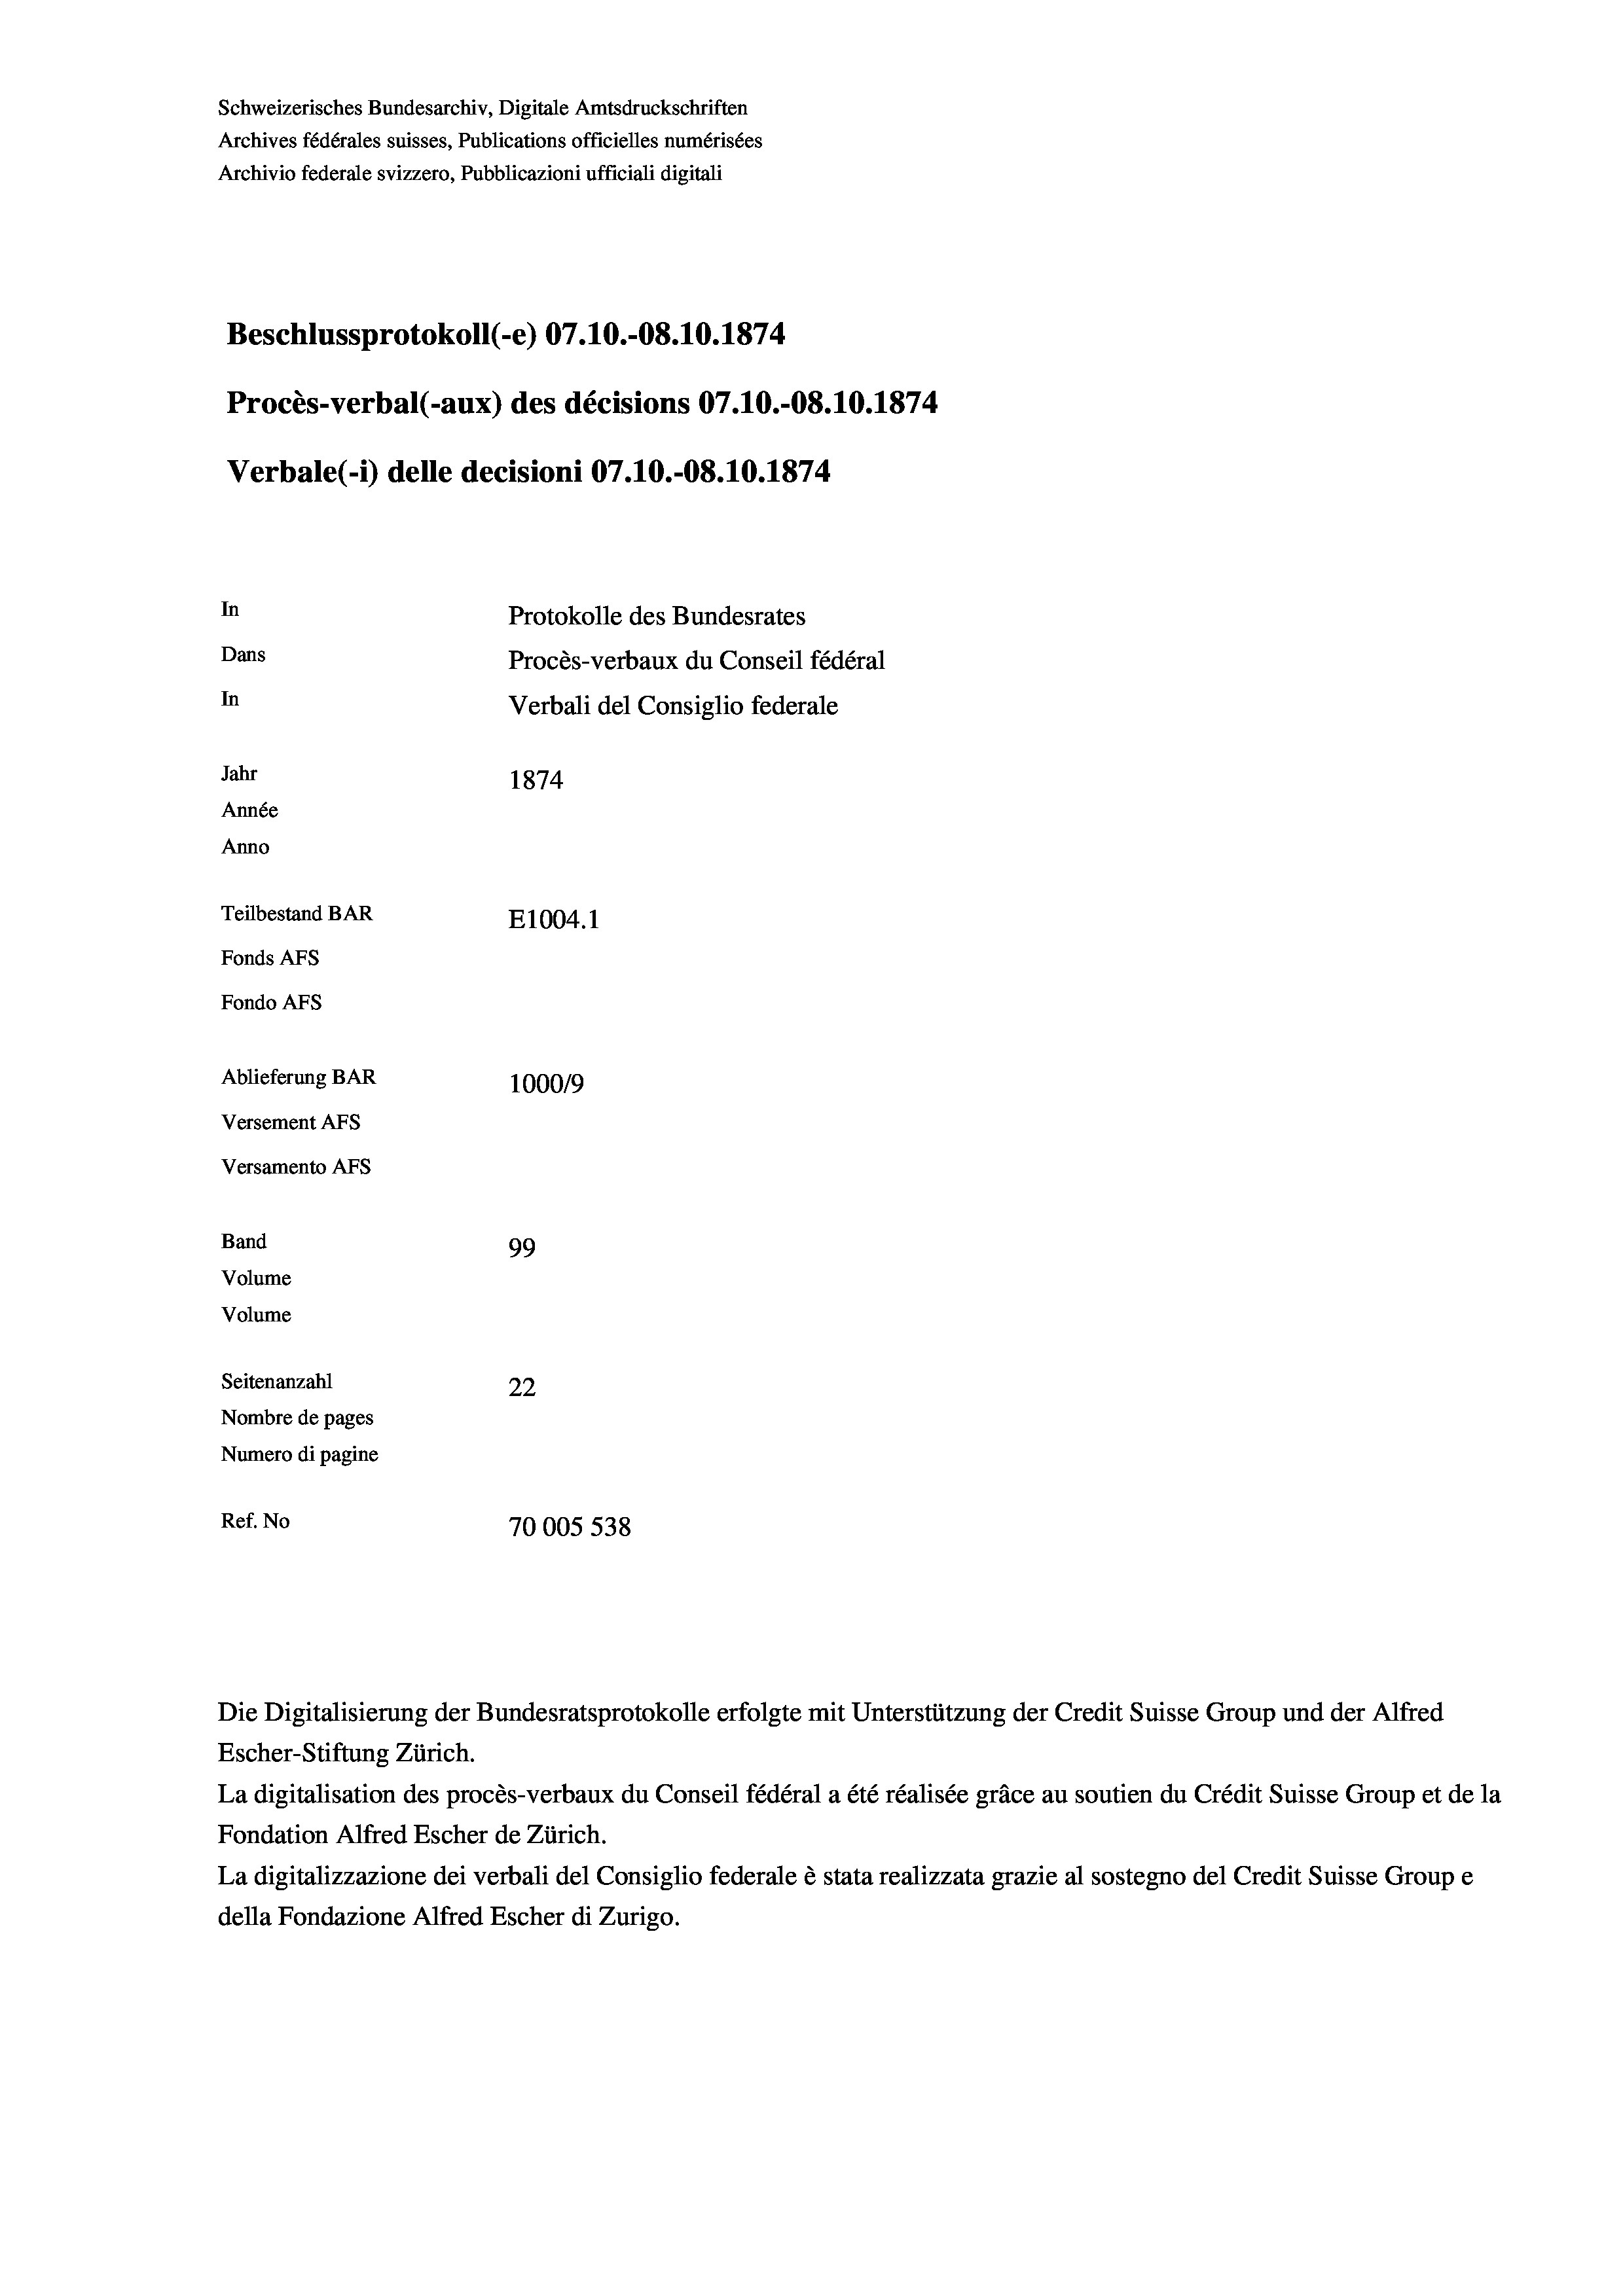
Schweizerisches Bundesarchiv, Digitale Amtsdruckschriften
Archives fédérales suisses, Publications officielles numérisées
Archivio federale svizzero, Pubblicazioni ufficiali digitali

Beschlussprotokoll (-e) 07.10.-08.10.1874
In
Protokolle des Bundesrates
Dans
Procès-verbaux du Conseil fédéral
In
Verbali del Consiglio federale
Jahr
1874
Année
Anno
Teilbestand BAR
E1004. 1
Fonds AFs
Fondo AFS
Ablieferung BAR
100019
Versement AFs
Versamento Afs

Band
Volume
Volume
Seitenanzahl

99
22
Nombre de pages
Numero di pagine
Ref. No
70005 538

Procès-verbal (-aux) des décisions 07.10.-08.10.1874
Verbale(-*) delle decisioni 07.10.-08.10.1874

Die Digitalisierung der Bundesratsprotokolle erfolgte mit Unterstützung der Credit Suisse Group und der Alfred
Escher-Stiftung Zürich.
La digitalisation des procès-verbaux du Conseil fédéral a été réalisée gräce au soutien du Crédit Suisse Group et de la
Fondation Alfred Escher de Zürich.
La digitalizzazione dei verbali del Consiglio federale è stata realizzata grazie al sostegno del Credit Suisse Groupe
della Fondazione Alfred Escher di Zurigo.